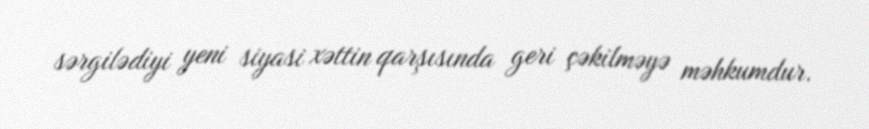
sərgilədiyi yeni siyasi xəttin qarşısında geri çəkilməyə məhkumdur.